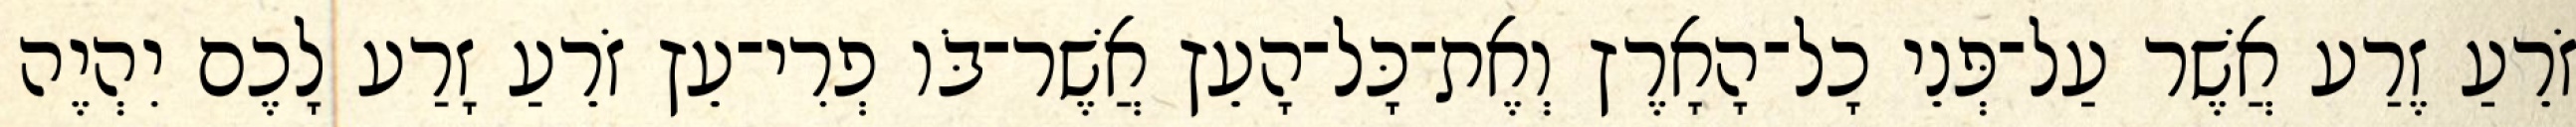
זֹרֵעַ זֶרַע אֲשֶׁר עַל־פְּנֵי כָל־הָאָרֶץ וְאֶת־כָּל־הָעֵץ אֲשֶׁר־בֹּו פְרִי־עֵץ זֹרֵעַ זָרַע לָכֶם יִהְיֶה